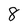
Character: 8